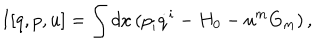
I [ q , p , u ] = \int d x \, ( p _ { i } \dot { q } ^ { i } - H _ { 0 } - u ^ { m } G _ { m } ) \, ,